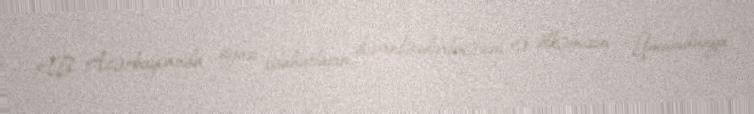
AB Azərbaycanda siyasi islahatların dərinləşdirilməsini və ölkəmizin Ümumdünya